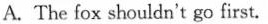
A. The fox shouldn't go first.